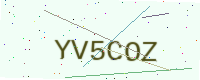
Text: YV5COZ